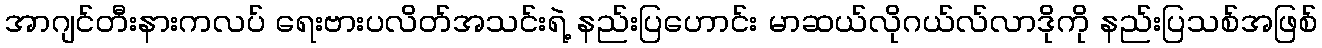
အာဂျင်တီးနားကလပ် ရေးဗားပလိတ်အသင်းရဲ့ နည်းပြဟောင်း မာဆယ်လိုဂယ်လ်လာဒိုကို နည်းပြသစ်အဖြစ်